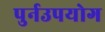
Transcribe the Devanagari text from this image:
पुर्नउपयोग